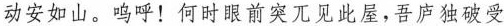
动安如山。呜呼！何时眼前突兀见此屋，吾庐独破受